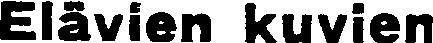
Elävien kuvien